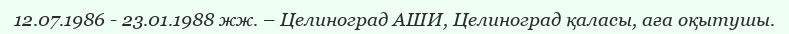
12.07.1986 - 23.01.1988 жж. – Целиноград АШИ, Целиноград қаласы, аға оқытушы.